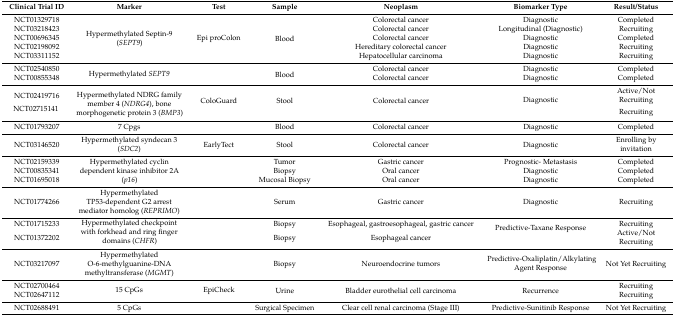
<table><thead><tr><td><b>Clinical Trial ID</b></td><td><b>Marker</b></td><td><b>Test</b></td><td><b>Sample</b></td><td><b>Neoplasm</b></td><td><b>Biomarker Type</b></td><td><b>Result/Status</b></td></tr></thead><tbody><tr><td>NCT01329718</td><td rowspan="5">Hypermethylated Septin-9 (<i>SEPT9</i>)</td><td rowspan="5">Epi proColon</td><td rowspan="5">Blood</td><td>Colorectal cancer</td><td>Diagnostic</td><td>Completed</td></tr><tr><td>NCT03218423</td><td>Colorectal cancer</td><td>Longitudinal (Diagnostic)</td><td>Recruiting</td></tr><tr><td>NCT00696345</td><td>Colorectal cancer</td><td>Diagnostic</td><td>Completed</td></tr><tr><td>NCT02198092</td><td>Hereditary colorectal cancer</td><td>Diagnostic</td><td>Recruiting</td></tr><tr><td>NCT03311152</td><td>Hepatocellular carcinoma</td><td>Diagnostic</td><td>Recruiting</td></tr><tr><td>NCT02540850</td><td rowspan="2">Hypermethylated <i>SEPT9</i></td><td rowspan="2"></td><td rowspan="2">Blood</td><td>Colorectal cancer</td><td>Diagnostic</td><td>Completed</td></tr><tr><td>NCT00855348</td><td>Colorectal cancer</td><td>Diagnostic</td><td>Completed</td></tr><tr><td>NCT02419716</td><td rowspan="2">Hypermethylated NDRG family member 4 (<i>NDRG4</i>), bone morphogenetic protein 3 (<i>BMP3</i>)</td><td rowspan="2">ColoGuard</td><td rowspan="2">Stool</td><td rowspan="2">Colorectal cancer</td><td rowspan="2">Diagnostic</td><td>Active/Not Recruiting</td></tr><tr><td>NCT02715141</td><td>Recruiting</td></tr><tr><td>NCT01793207</td><td>7 Cpgs</td><td></td><td>Blood</td><td>Colorectal cancer</td><td>Diagnostic</td><td>Completed</td></tr><tr><td>NCT03146520</td><td>Hypermethylated syndecan 3 (<i>SDC2</i>)</td><td>EarlyTect</td><td>Stool</td><td>Colorectal cancer</td><td>Diagnostic</td><td>Enrolling by invitation</td></tr><tr><td>NCT02159339</td><td rowspan="3">Hypermethylated cyclin dependent kinase inhibitor 2A (<i>p16</i>)</td><td></td><td>Tumor</td><td>Gastric cancer</td><td>Prognostic- Metastasis</td><td>Completed</td></tr><tr><td>NCT00835341</td><td></td><td>Biopsy</td><td>Oral cancer</td><td>Diagnostic</td><td>Completed</td></tr><tr><td>NCT01695018</td><td></td><td>Mucosal Biopsy</td><td>Oral cancer</td><td>Diagnostic</td><td>Completed</td></tr><tr><td>NCT01774266</td><td>Hypermethylated TP53-dependent G2 arrest mediator homolog (<i>REPRIMO</i>)</td><td></td><td>Serum</td><td>Gastric cancer</td><td>Diagnostic</td><td>Recruiting</td></tr><tr><td>NCT01715233</td><td rowspan="2">Hypermethylated checkpoint with forkhead and ring finger domains (<i>CHFR</i>)</td><td></td><td>Biopsy</td><td>Esophageal, gastroesophageal, gastric cancer</td><td rowspan="2">Predictive-Taxane Response</td><td>Recruiting</td></tr><tr><td>NCT01372202</td><td></td><td>Biopsy</td><td>Esophageal cancer</td><td>Active/Not Recruiting</td></tr><tr><td>NCT03217097</td><td>Hypermethylated O-6-methylguanine-DNA methyltransferase (<i>MGMT</i>)</td><td></td><td>Biopsy</td><td>Neuroendocrine tumors</td><td>Predictive-Oxaliplatin/Alkylating Agent Response</td><td>Not Yet Recruiting</td></tr><tr><td>NCT02700464</td><td rowspan="2">15 CpGs</td><td rowspan="2">EpiCheck</td><td rowspan="2">Urine</td><td rowspan="2">Bladder eurothelial cell carcinoma</td><td rowspan="2">Recurrence</td><td>Recruiting</td></tr><tr><td>NCT02647112</td><td>Recruiting</td></tr><tr><td>NCT02688491</td><td>5 CpGs</td><td></td><td>Surgical Specimen</td><td>Clear cell renal carcinoma (Stage III)</td><td>Predictive-Sunitinib Response</td><td>Not Yet Recruiting</td></tr></tbody></table>